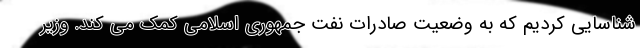
شناسایی کردیم که به وضعیت صادرات نفت جمهوری اسلامی کمک می کند. وزیر